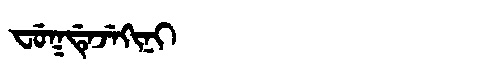
Manchu: ᠸᡠᡴᡩᡝᠵᡝᡴᡳᠨᡳ
Romanization: FUKDEJEKINI